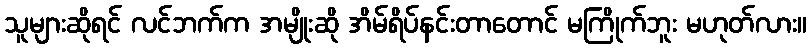
သူများဆိုရင် လင်ဘက်က အမျိုးဆို အိမ်ရိပ်နင်းတာတောင် မကြိုက်ဘူး မဟုတ်လား။